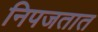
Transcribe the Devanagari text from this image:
निपजतात